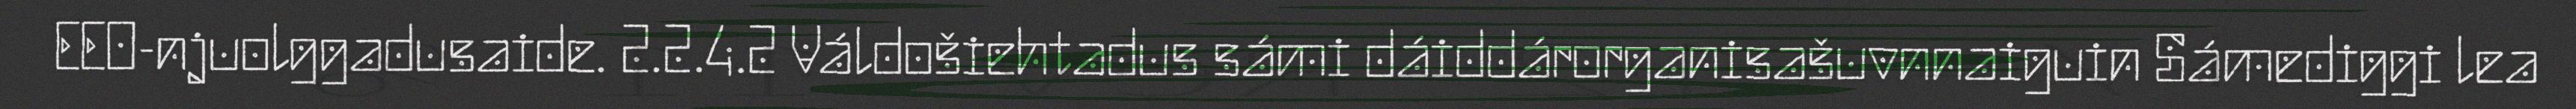
EEO-njuolggadusaide. 2.2.4.2 Váldošiehtadus sámi dáiddárorganisašuvnnaiguin Sámediggi lea